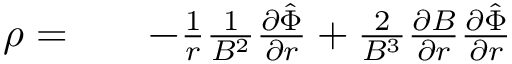
\begin{array} { r l r } { \rho = } & { { } } & { - \frac { 1 } { r } \frac { 1 } { B ^ { 2 } } \frac { \partial \hat { \Phi } } { \partial r } + \frac { 2 } { B ^ { 3 } } \frac { \partial B } { \partial r } \frac { \partial \hat { \Phi } } { \partial r } } \end{array}